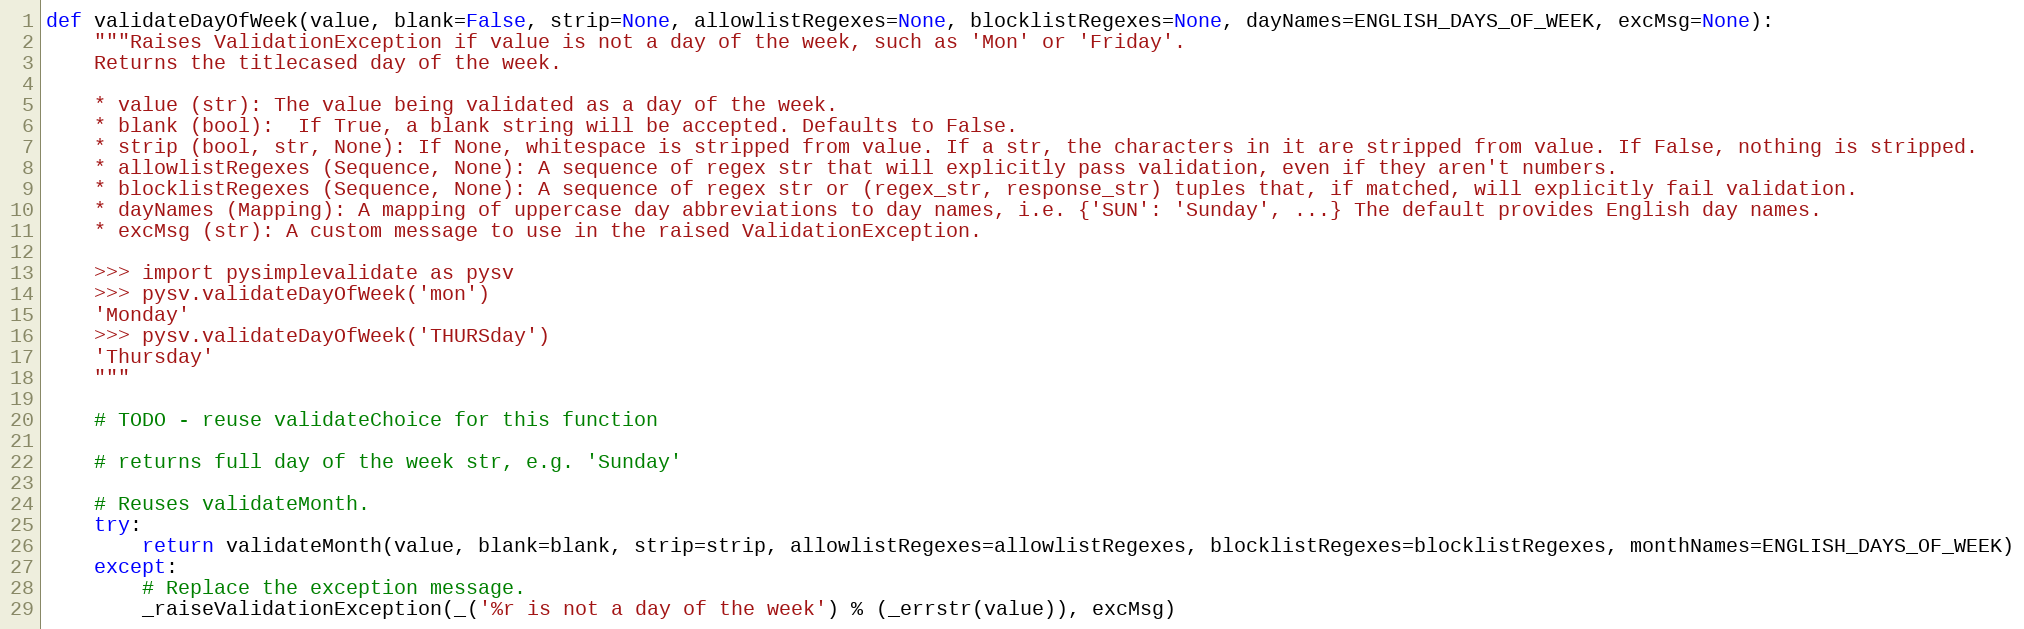
Language: Python
def validateDayOfWeek(value, blank=False, strip=None, allowlistRegexes=None, blocklistRegexes=None, dayNames=ENGLISH_DAYS_OF_WEEK, excMsg=None):
    """Raises ValidationException if value is not a day of the week, such as 'Mon' or 'Friday'.
    Returns the titlecased day of the week.

    * value (str): The value being validated as a day of the week.
    * blank (bool):  If True, a blank string will be accepted. Defaults to False.
    * strip (bool, str, None): If None, whitespace is stripped from value. If a str, the characters in it are stripped from value. If False, nothing is stripped.
    * allowlistRegexes (Sequence, None): A sequence of regex str that will explicitly pass validation, even if they aren't numbers.
    * blocklistRegexes (Sequence, None): A sequence of regex str or (regex_str, response_str) tuples that, if matched, will explicitly fail validation.
    * dayNames (Mapping): A mapping of uppercase day abbreviations to day names, i.e. {'SUN': 'Sunday', ...} The default provides English day names.
    * excMsg (str): A custom message to use in the raised ValidationException.

    >>> import pysimplevalidate as pysv
    >>> pysv.validateDayOfWeek('mon')
    'Monday'
    >>> pysv.validateDayOfWeek('THURSday')
    'Thursday'
    """

    # TODO - reuse validateChoice for this function

    # returns full day of the week str, e.g. 'Sunday'

    # Reuses validateMonth.
    try:
        return validateMonth(value, blank=blank, strip=strip, allowlistRegexes=allowlistRegexes, blocklistRegexes=blocklistRegexes, monthNames=ENGLISH_DAYS_OF_WEEK)
    except:
        # Replace the exception message.
        _raiseValidationException(_('%r is not a day of the week') % (_errstr(value)), excMsg)